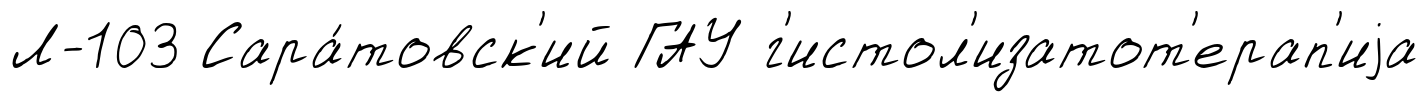
Л-103 Сара́товск'ий ГАУ г'истол'изатот'ерап'иjа